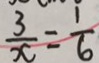
\frac { 3 } { x } = \frac { 1 } { 6 }